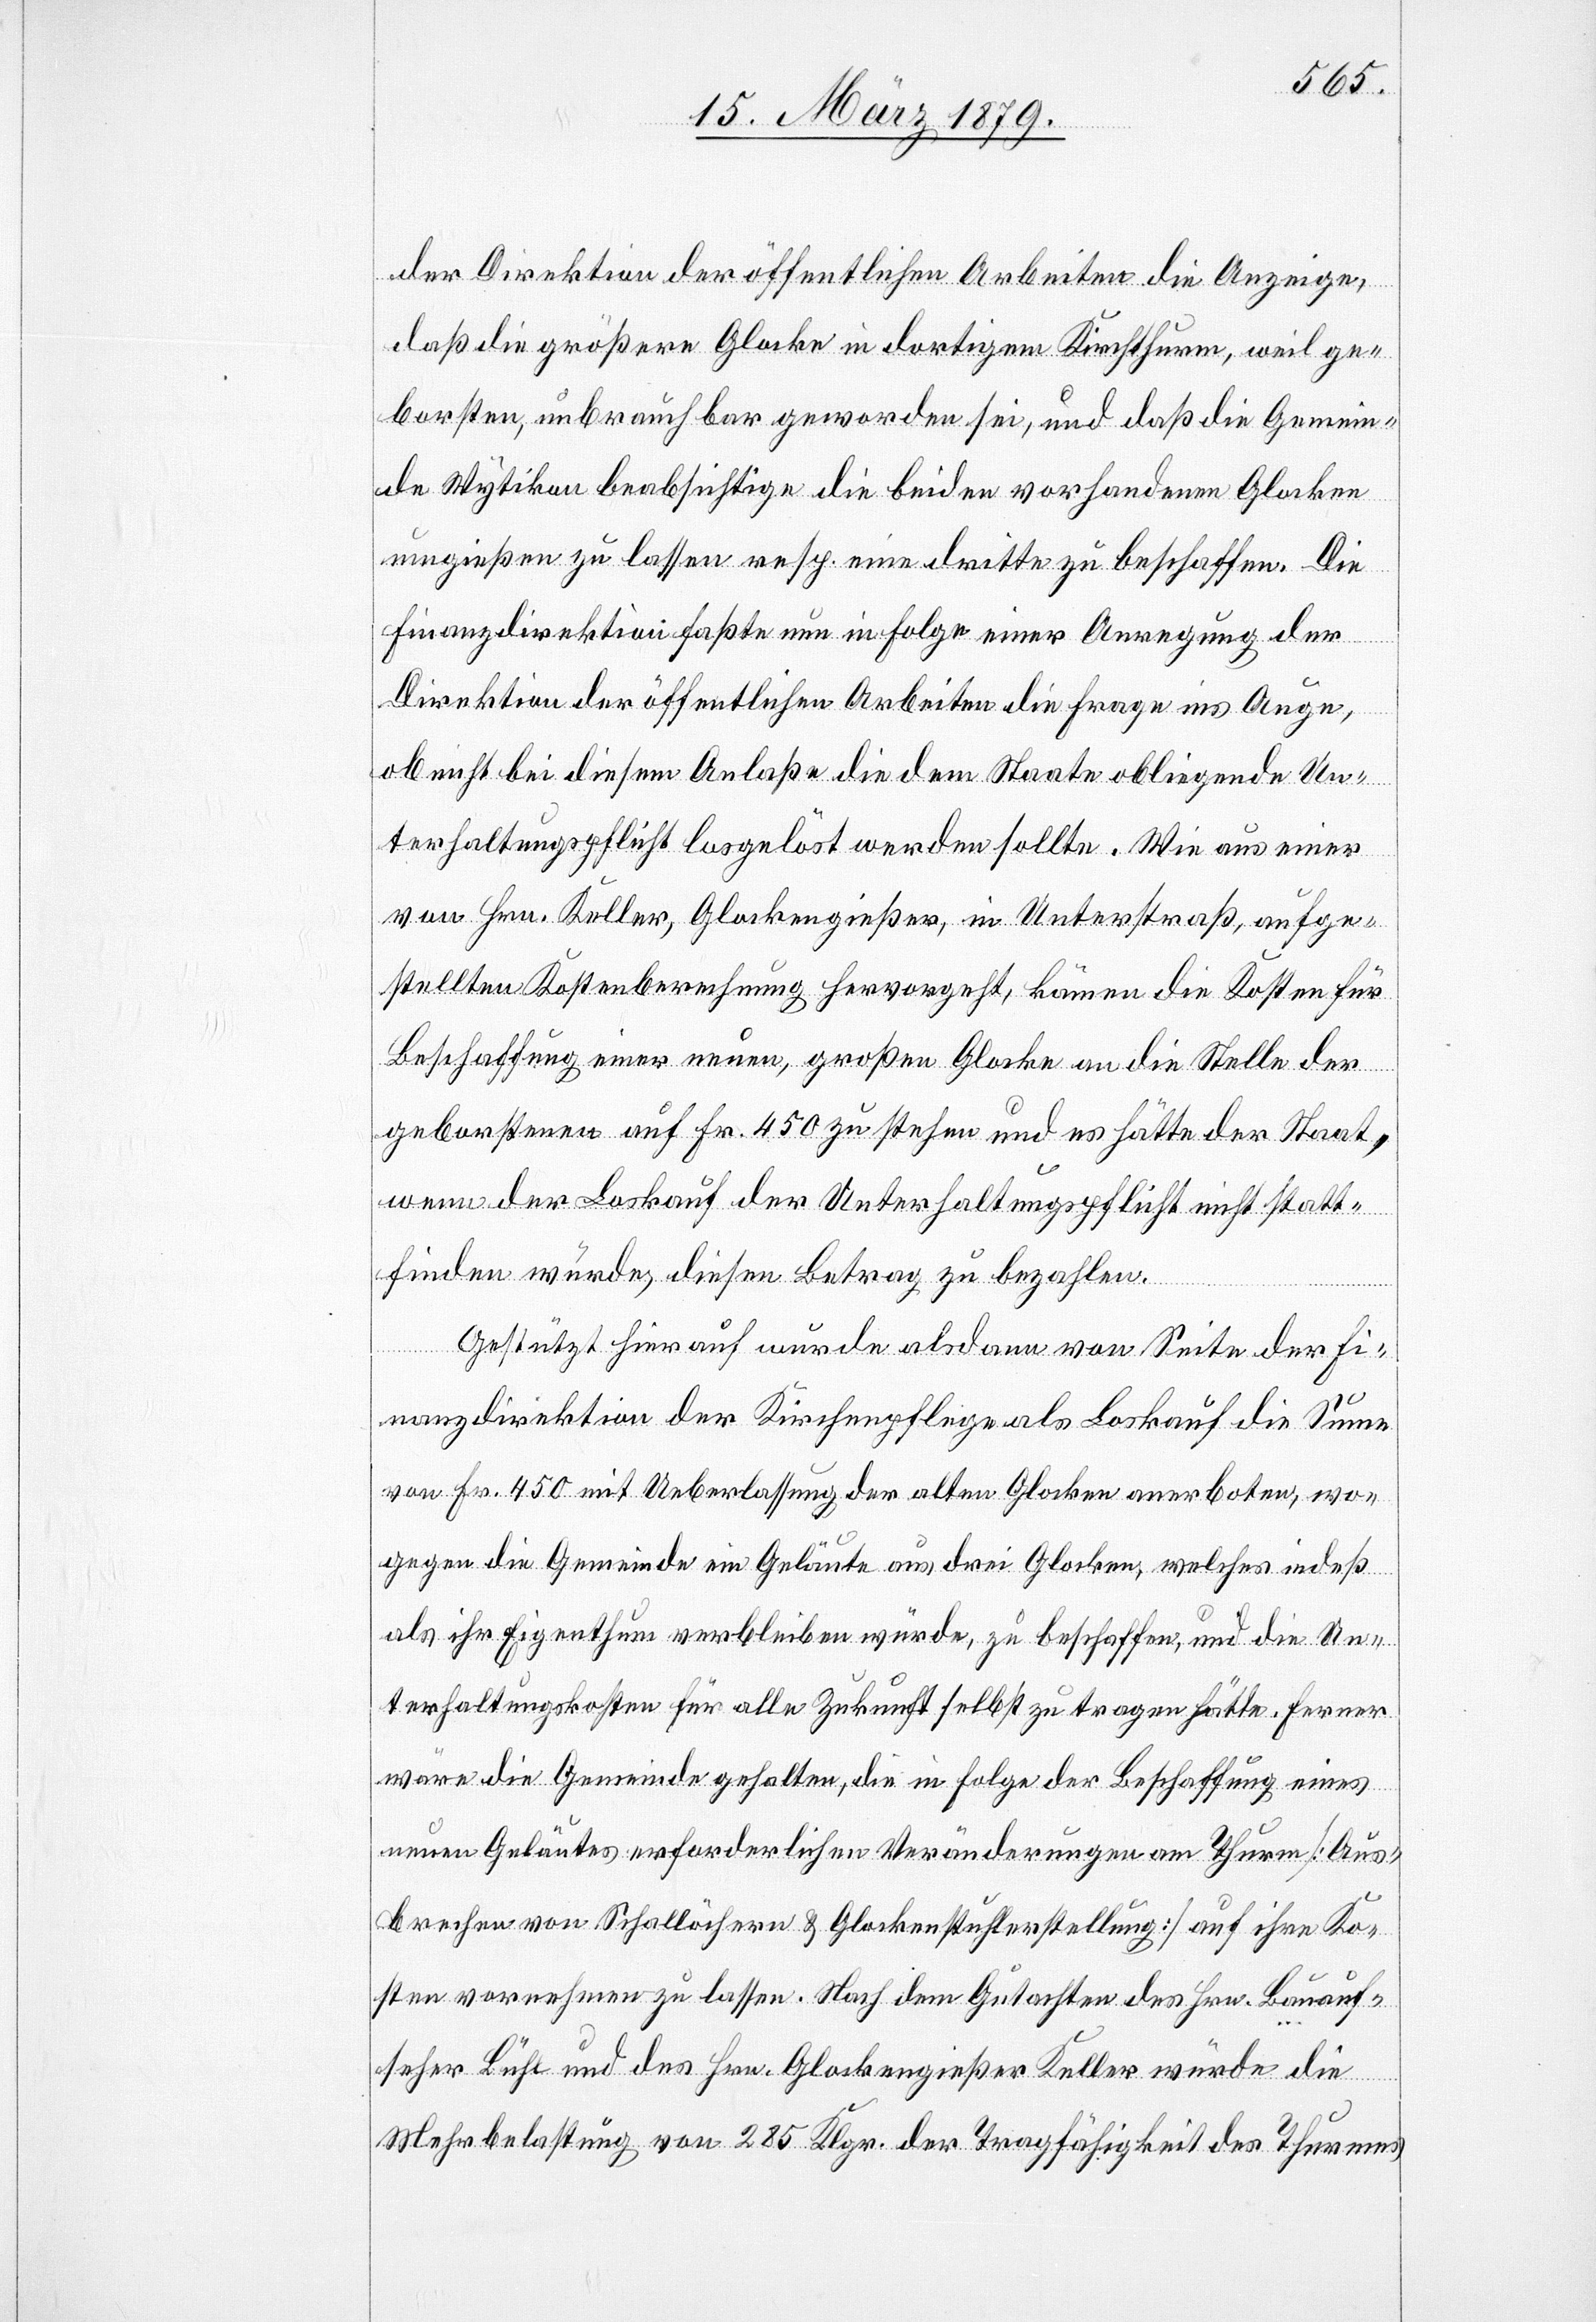
der Direktion der öffentlichen Arbeiten die Anzeige,
daß die größere Glocke in dortigem Kirchthurm, weil ge¬
borsten, unbrauchbar geworden sei, und daß die Gemein¬
de Wytikon beabsichtige die beiden vorhandenen Glocken
umgießen zu lassen resp. eine dritte zu beschaffen. Die
Finanzdirektion faßte nun in Folge einer Anregung der
Direktion der öffentlichen Arbeiten die Frage ins Auge,
ob nicht bei diesem Anlaße die dem Staate obliegende Un¬
terhaltungspflicht losgelöst werden sollte. Wie aus einer
von Hrn. Keller, Glockengießer, in Unterstraß, aufge¬
stellten Kostenberechnung hervorgeht, kämen die Kosten für
Beschaffung einer neuen, großen Glocke an die Stelle der
geborstenen auf Fr. 450 zu stehen und es hätte der Staat,
wenn der Loskauf der Unterhaltungspflicht nicht statt¬
finden würde, diesen Betrag zu bezahlen.
Gestützt hierauf wurde alsdann von Seite der Fi¬
nanzdirektion der Kirchenpflege als Loskauf die Summe
von Fr. 450 mit Ueberlassung der alten Glocken anerboten, wo¬
gegen die Gemeinde ein Geläute aus drei Glocken, welches indeß
als ihr Eigenthum verbleiben würde, zu beschaffen, und die Un¬
terhaltungskosten für alle Zukunft selbst zu tragen hätte. Ferner
wäre die Gemeinde gehalten, die in Folge der Beschaffung eines
neuen Geläutes erforderlichen Veränderungen am Thurm [Aus¬
brechen von Schallöchern & Glockenstuhlerstellung] auf ihre Ko¬
sten vornehmen zu lassen. Nach dem Gutachten des Hrn. Bauauf¬
seher Bühl und des Hrn. Glockengießer Keller würde die
Mehrbelastung von 285 Klgr. der Tragfähigkeit des Thurmes